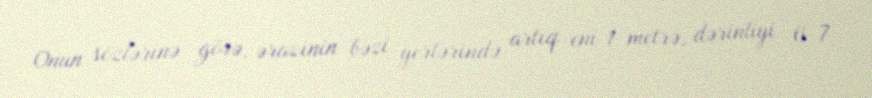
Onun sözlərinə görə, ərazinin bəzi yerlərində artıq eni 1 metrə, dərinliyi 6-7